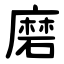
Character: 磨